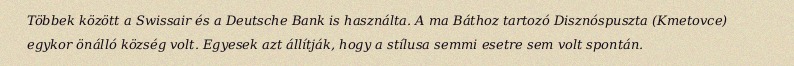
Többek között a Swissair és a Deutsche Bank is használta. A ma Báthoz tartozó Disznóspuszta (Kmetovce) egykor önálló község volt. Egyesek azt állítják, hogy a stílusa semmi esetre sem volt spontán.